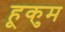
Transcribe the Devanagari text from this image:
हूकुम